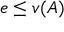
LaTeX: e \leq v ( A )